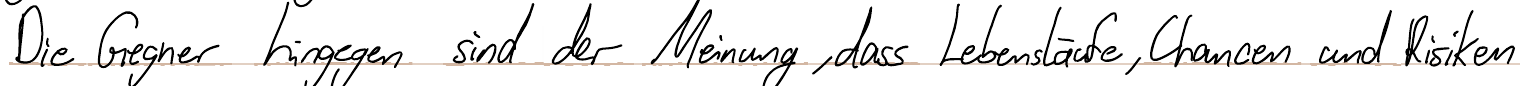
Die Gegner hingegen sind der Meinung, dass Lebensläufe, Chancen und Risiken